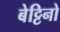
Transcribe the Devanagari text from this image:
बेट्टिनो